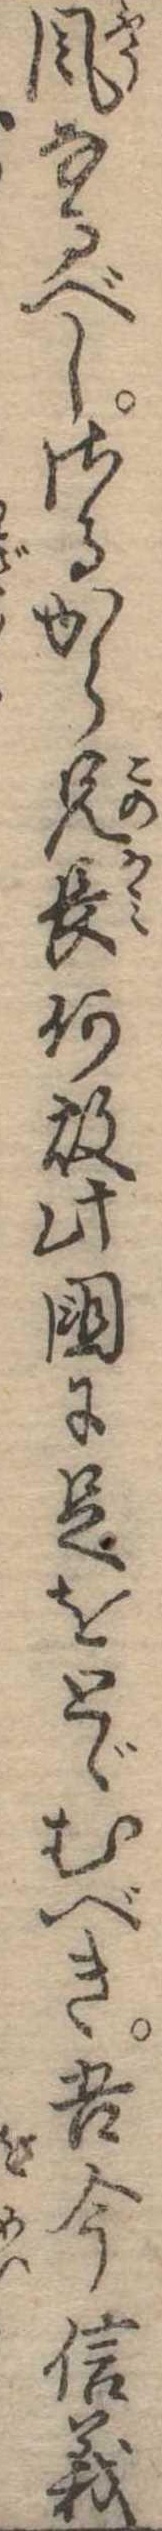
風なるべしさるから兄長何故此国に足をとゞむべき吾今信義